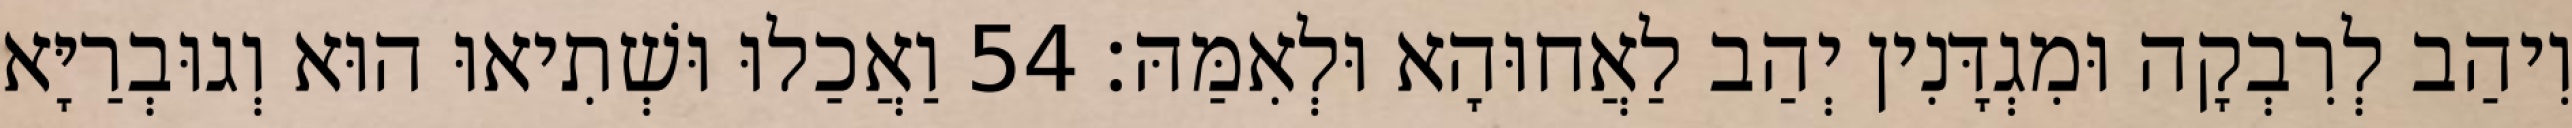
וִיהַב לְרִבְקָה וּמִגְדָּנִין יְהַב לַאֲחוּהָא וּלְאִמַּהּ׃ 54 וַאֲכַלוּ וּשְׁתִיאוּ הוּא וְגוּבְרַיָּא